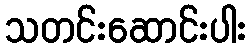
သတင်းဆောင်းပါး